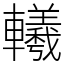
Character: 𨏢